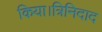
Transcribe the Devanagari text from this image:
किया।त्रिनिदाद